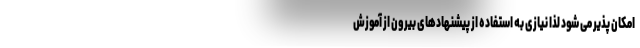
امکان پذیر می شود لذا نیازی به استفاده از پیشنهادهای بیرون از آموزش